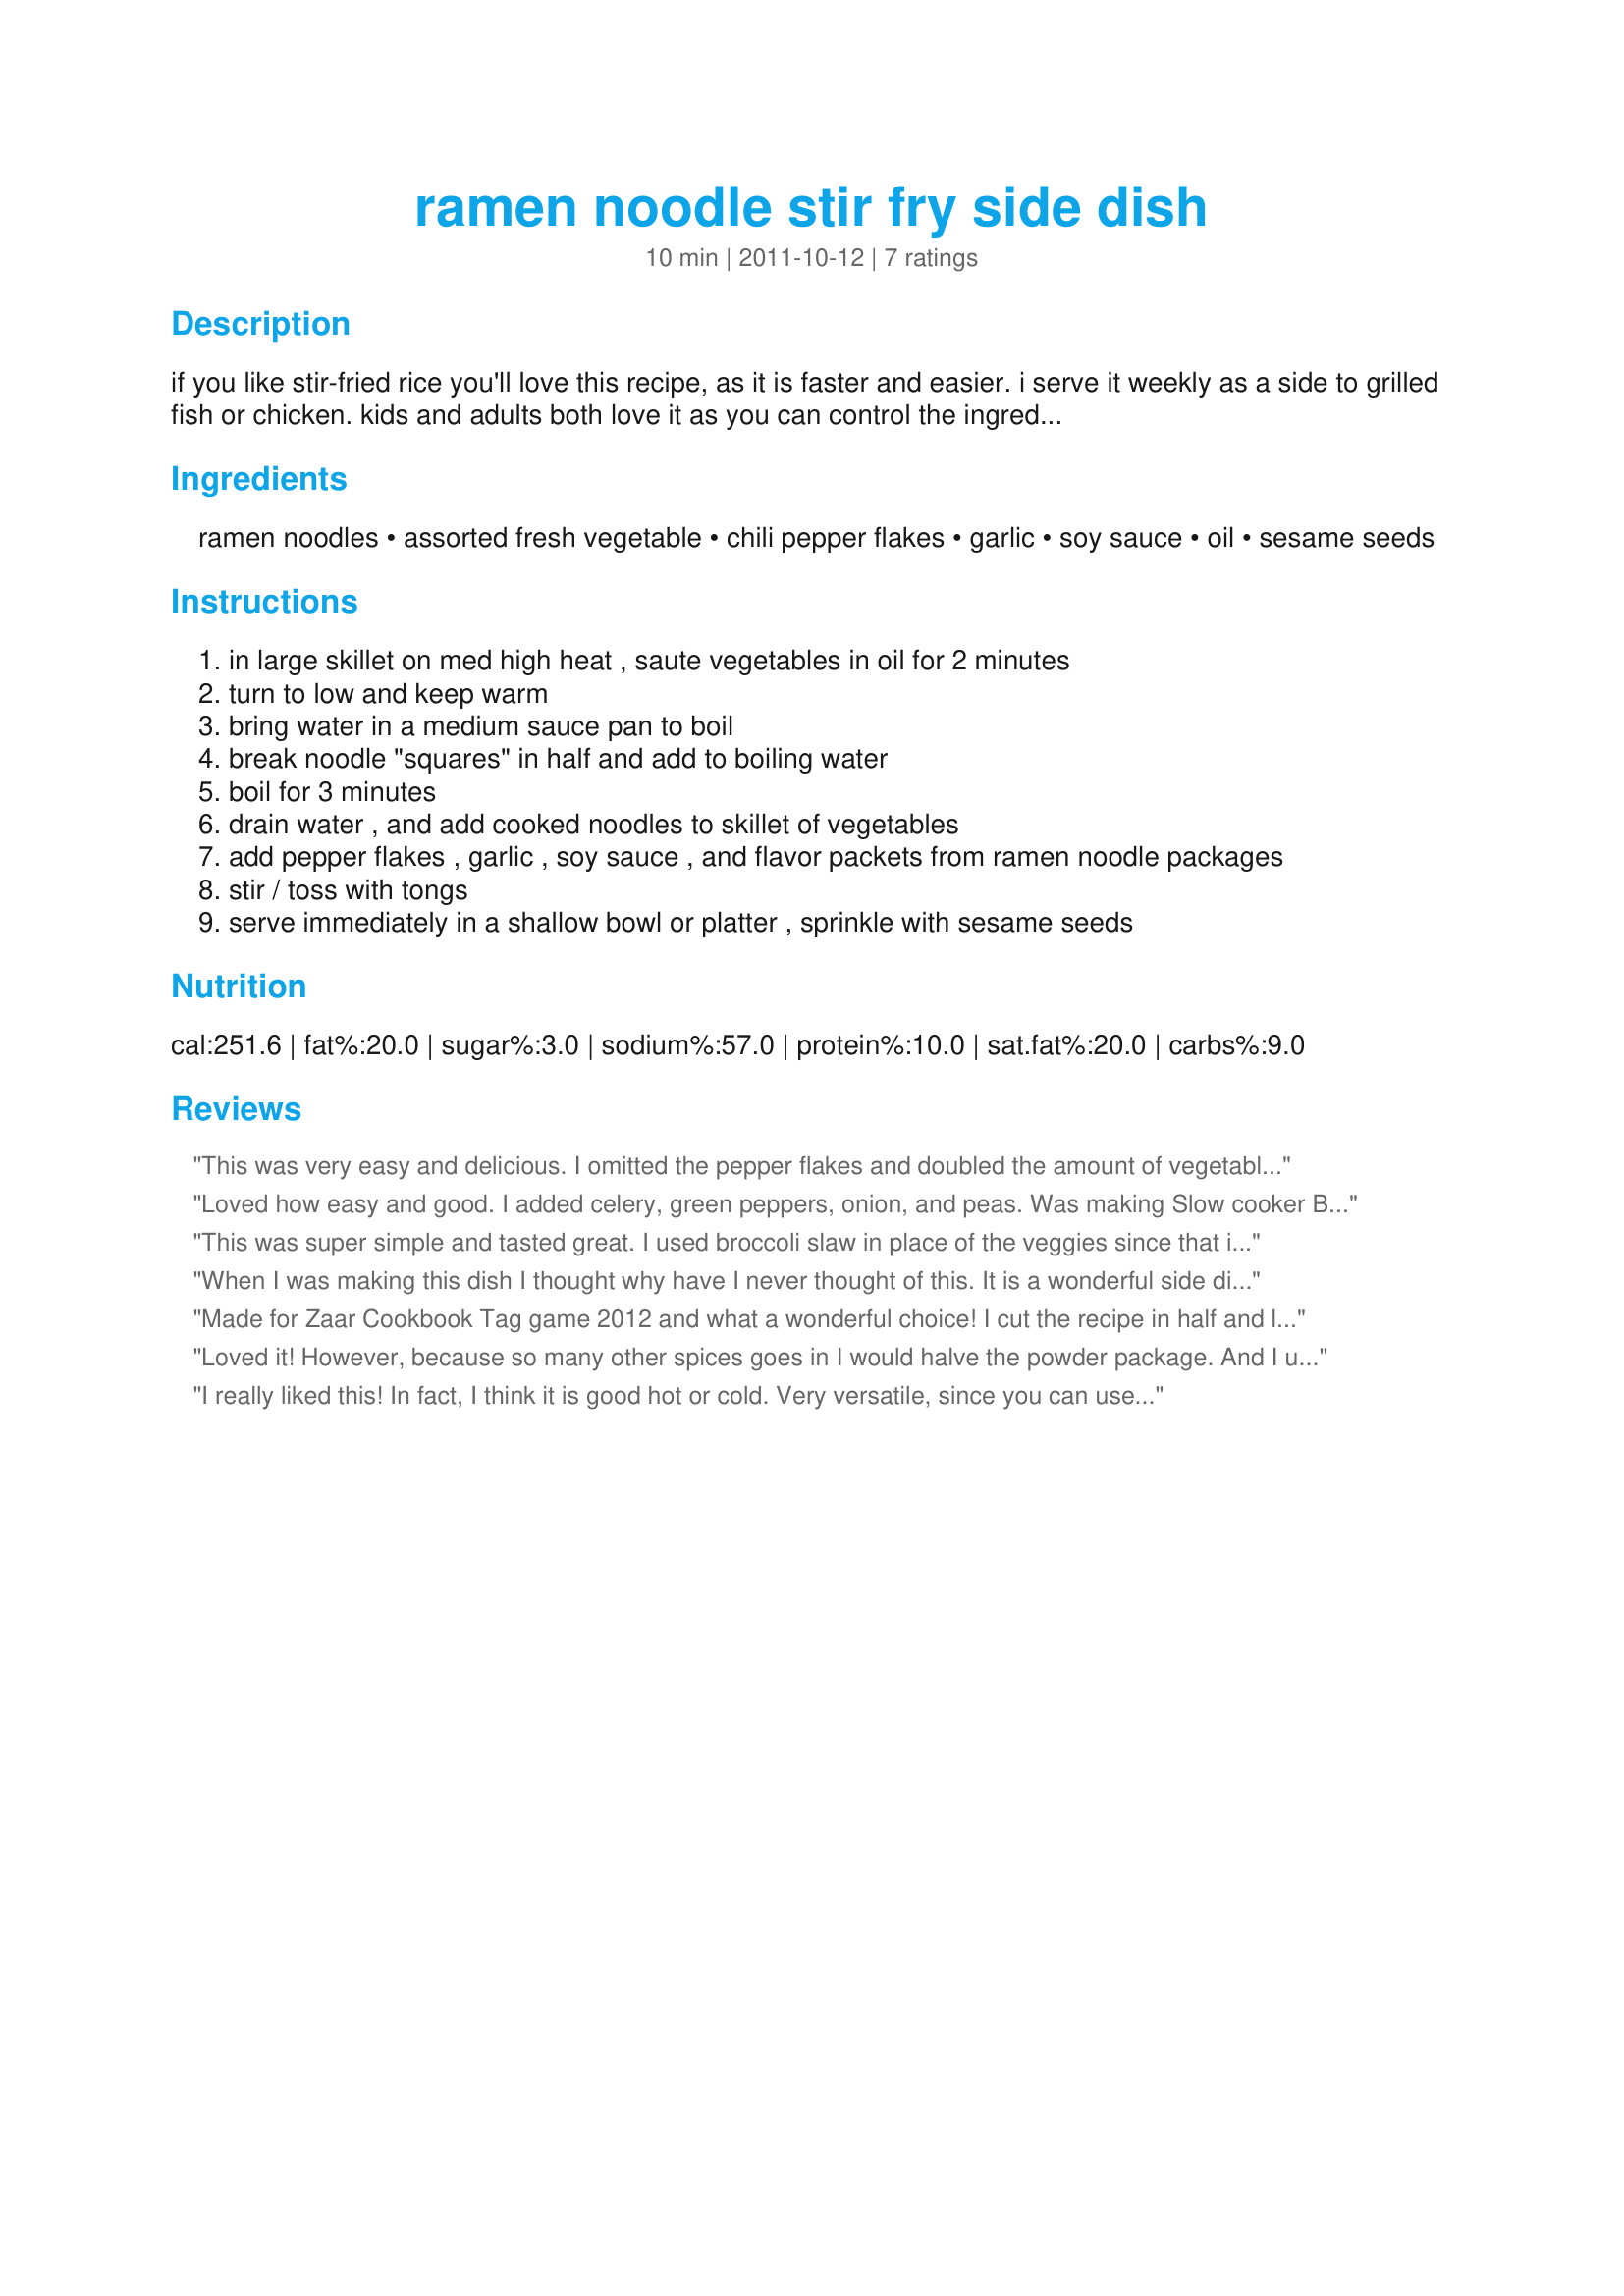
ramen noodle stir fry side dish
Preparation time: 10 minutes

if you like stir-fried rice you'll love this recipe, as it is faster and easier. i serve it weekly as a side to grilled fish or chicken. kids and adults both love it as you can control the ingredients and spice level. it is great to make on busy week nights for busy families with crazy schedules, and gets a few vegetables down the kids.

Ingredients:
ramen noodles, assorted fresh vegetable, chili pepper flakes, garlic, soy sauce, oil, sesame seeds

Steps:
in large skillet on med high heat , saute vegetables in oil for 2 minutes
turn to low and keep warm
bring water in a medium sauce pan to boil
break noodle "squares" in half and add to boiling water
boil for 3 minutes
drain water , and add cooked noodles to skillet of vegetables
add pepper flakes , garlic , soy sauce , and flavor packets from ramen noodle packages
stir / toss with tongs
serve immediately in a shallow bowl or platter , sprinkle with sesame seeds

Reviews:
This was very easy and delicious. I omitted the pepper flakes and doubled the amount of vegetables. One flavor packet was plenty. I think I will add some chicken the next time.
Loved how easy and good. I added celery, green peppers, onion, and peas. Was making Slow cooker Brown Sugar and Garlic Chicken, just used some of it&#039;s sauce. I will defiantly be making this again.
This was super simple and tasted great. I used broccoli slaw in place of the veggies since that is what I had on hand.It was a nice side dish and change from rice for the teriyaki chicken I was making.
When I was making this dish I thought why have I never thought of this. It is a wonderful side dish and so simple. I halved the recipe and added less of the packet due to other reviews. I was low on fresh veggies because the next day was grocery day. I had a bag of frozen stir fry veggies and used those. We will be having this again. Thanks marinecopper!
Made for Zaar Cookbook Tag game 2012 and what a wonderful choice! I cut the recipe in half and like breezermom I didn't us all of the flavoring packet (1/4--1/2). I did use yellow and green zucchini, red onions, green pepper and some snow peas. What a tasty dish and one I will make again.
Loved it! However, because so many other spices goes in I would halve the powder package. And I used frozen veggies. And it was still yummy. Thank you.
I really liked this! In fact, I think it is good hot or cold. Very versatile, since you can use whatever veggies you have on hand. I used the soy sauce, and only used 1/4 of a flavoring packet for 2-3 servings (1 3-oz pkg of noodles). The veggies I picked were yellow squash, onions, broccoli, and red bell pepper. I used twice the amount of veggies called for, and really enjoyed the taste and color. Thanks for sharing! Made for PAC Spring 2012.
